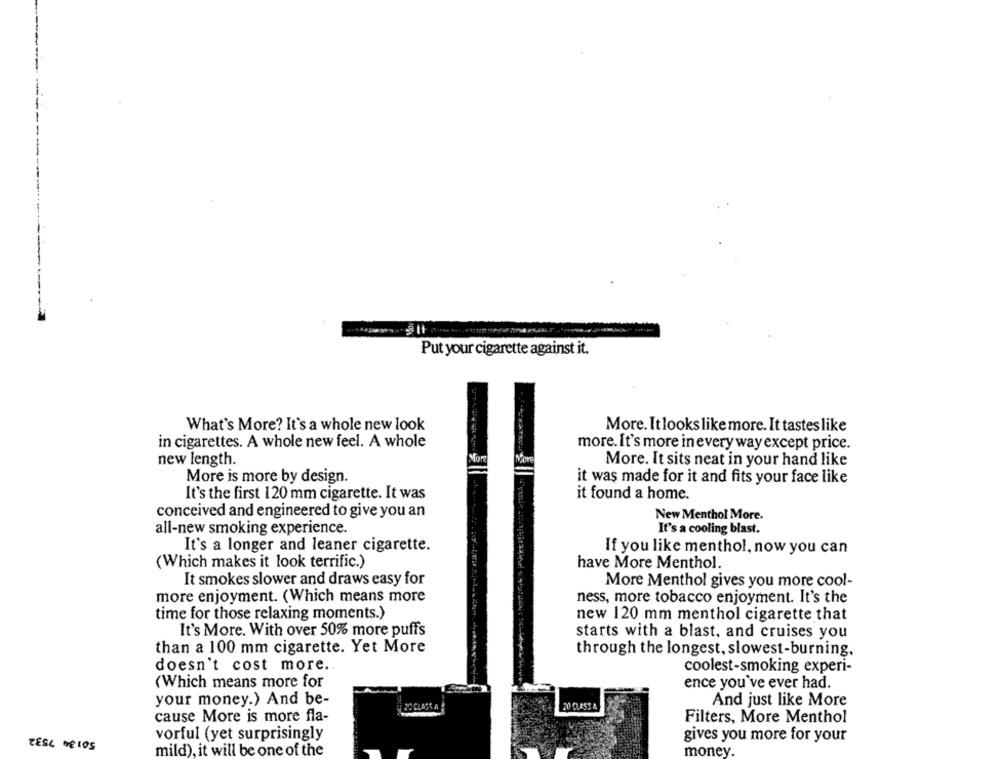
Put your cigarette against it.
What's More? It's a whole new look
More. Itlooks like more. It tastes like
in cigarettes. A whole new feel. A whole
more. It's more in every way except price.
new length.
More. It sits neat in your hand like
More is more by design.
it was made for it and fits your face like
It's the first 120 mm cigarette. It was
it found a home.
conceived and engineered to give you an
New Menthol More.
all-new smoking experience.
It's a cooling blast.
It's a longer and leaner cigarette.
If you like menthol, now you can
(Which makes it look terrific.)
have More Menthol.
It smokes slower and draws easy for
More Menthol gives you more cool-
more enjoyment. (Which means more
ness, more tobacco enjoyment. It's the
time for those relaxing moments.)
new 120 mm menthol cigarette that
It's More. With over 50% more puffs
starts with a blast, and cruises you
than a 100 mm cigarette. Yet More
through the longest, slowest-burning,
doesn't cost more ..
coolest-smoking experi-
(Which means more for
ence you've ever had.
your money.) And be-
20 CLASS A
20 CLASS &
And just like More
cause More is more fla-
Filters, More Menthol
vorful (yet surprisingly
gives you more for your
ZESL DELOS
mild), it will be one of the
money.